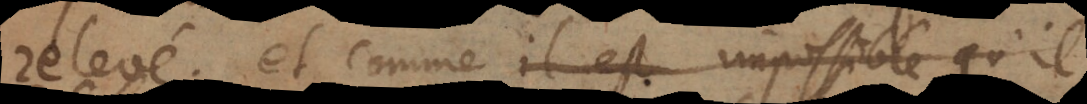
relevé, et comme il est impossible qu’il